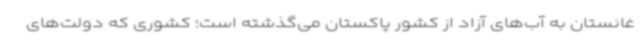
غانستان به آب‌های آزاد از کشور پاکستان می‌گذشته است؛ کشوری که دولت‌های